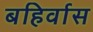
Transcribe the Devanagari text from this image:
बहिर्वास